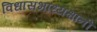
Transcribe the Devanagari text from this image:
विधासभाध्यक्षांनी